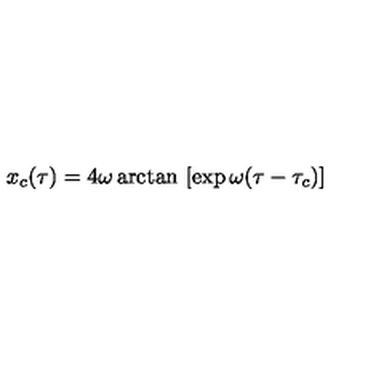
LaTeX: x _ { c } ( \tau ) = 4 \omega \arctan \ [ \exp \omega ( \tau - \tau _ { c } ) ]